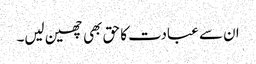
ان سے عبادت کا حق بھی چھین لیں۔